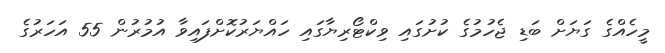
މީހެއްގެ ގަޔަށް ބަޑި ޖެހުމުގެ ކުށުގައި ވިކްޓޯރިޔާގައި ހައްޔަރުކޮށްފައިވާ އުމުރުން 55 އަހަރުގެ